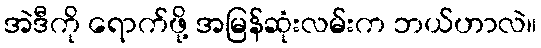
အဲဒီကို ရောက်ဖို့ အမြန်ဆုံးလမ်းက ဘယ်ဟာလဲ။